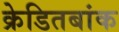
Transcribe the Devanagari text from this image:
क्रेडितबांक